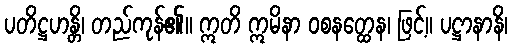
ပတိဋ္ဌဟန္တိ၊ တည်ကုန်၏။ ဣတိ ဣမိနာ ဝစနတ္ထေန၊ ဖြင့်။ ပဋ္ဌာနာနိ၊